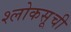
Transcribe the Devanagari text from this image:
श्लोकसूची